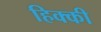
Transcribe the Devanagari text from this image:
हिक्‍की